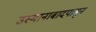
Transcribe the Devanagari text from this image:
उस्मानाबादपासून